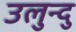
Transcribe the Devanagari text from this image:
उलुन्दु